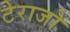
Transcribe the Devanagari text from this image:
टेराजो